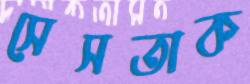
সেসতাক